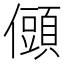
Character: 𭀆